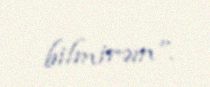
bilmirəm”.